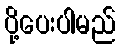
ပို့ပေးပါမည်